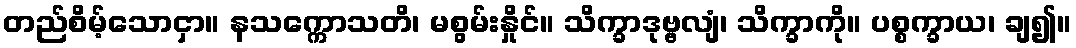
တည်စိမ့်သောငှာ။ နသက္ကောသတိ၊ မစွမ်းနှိုင်။ သိက္ခာဒုဗ္ဗလျံ၊ သိက္ခာကို။ ပစ္စက္ခာယ၊ ချ၍။